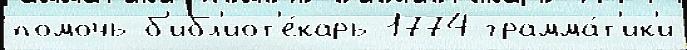
помочь б'ибл'иот'е́карь 1774 грамма́т'ик'и